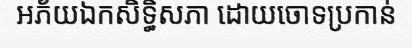
អភ័យឯកសិទ្ធិសភា ដោយចោទប្រកាន់